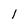
Character: 1